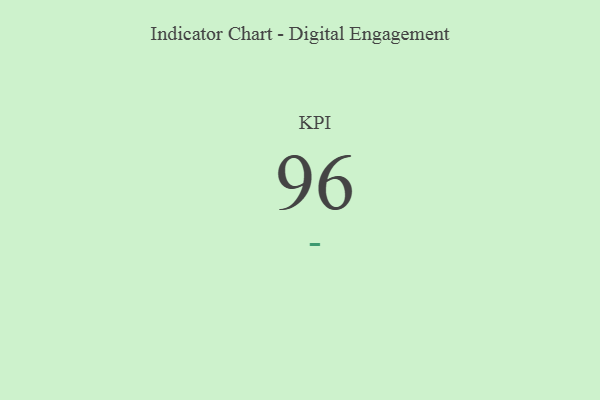
{"axis": {"x": "KPI", "y": "Value"}, "legend": [""], "data": [{"x": "KPI", "y": 96, "type": ""}]}